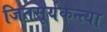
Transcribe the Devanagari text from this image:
जितसूर्यकन्त्या